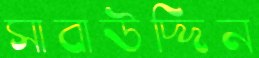
সাবাউদ্দিন